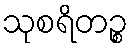
သုစရိတဉ္စ